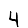
Digit: 4